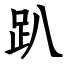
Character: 趴